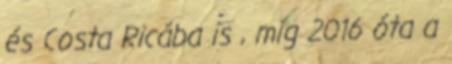
és Costa Ricába is , míg 2016 óta a